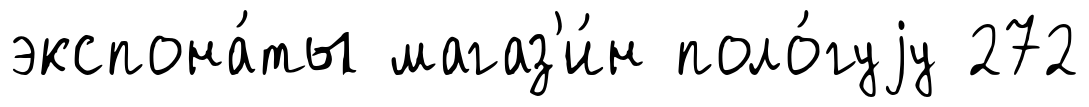
экспона́ты магаз'и́н поло́гуjу 272